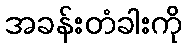
အခန်းတံခါးကို